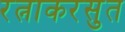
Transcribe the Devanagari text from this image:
रत्नाकरसुत